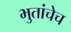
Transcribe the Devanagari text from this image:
भुतांचेच